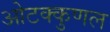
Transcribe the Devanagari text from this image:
ओटक्कुणल